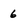
Character: 6